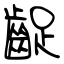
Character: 齪